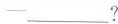
--___?